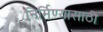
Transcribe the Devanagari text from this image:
निर्मिण्यासाठी